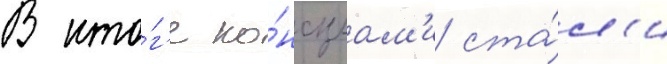
В ито́г'е ко́нсулам'и ста́л'и